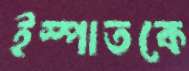
ইস্পাতকে